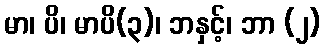
မာ၊ ပိ၊ မာပိ(၃)၊ ဘနှင့်၊ ဘာ (၂)